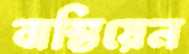
বাস্তিয়েন